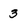
Character: 3